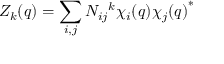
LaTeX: Z _ { k } ( q ) = \sum _ { i , j } N _ { i j } { } ^ { k } \chi _ { i } ( q ) { \chi _ { j } ( q ) } ^ { * }